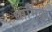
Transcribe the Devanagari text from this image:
धार्मि्क